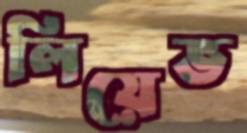
লিয়েভ